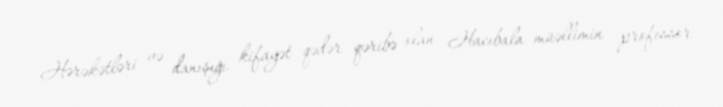
Hərəkətləri və danışığı kifayət qədər qəribə olan Hacıbala müəllimin professor